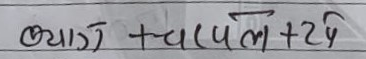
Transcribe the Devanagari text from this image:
ब्याज +चलमल +२५